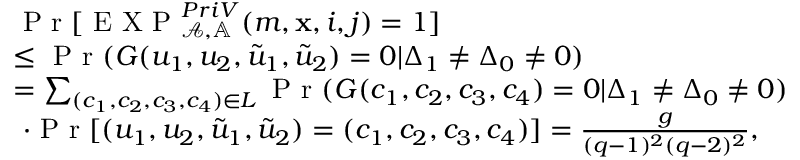
\begin{array} { r l } & { \textrm { P r } [ \textrm { E X P } _ { \mathcal { A } , \mathbb { A } } ^ { P r i V } ( m , \mathbf { x } , i , j ) = 1 ] } \\ & { \leq \textrm { P r } ( G ( u _ { 1 } , u _ { 2 } , \tilde { u } _ { 1 } , \tilde { u } _ { 2 } ) = 0 | \Delta _ { 1 } \ne \Delta _ { 0 } \ne 0 ) } \\ & { = \sum _ { ( c _ { 1 } , c _ { 2 } , c _ { 3 } , c _ { 4 } ) \in L } \textrm { P r } ( G ( c _ { 1 } , c _ { 2 } , c _ { 3 } , c _ { 4 } ) = 0 | \Delta _ { 1 } \ne \Delta _ { 0 } \ne 0 ) } \\ & { ~ \cdot \textrm { P r } [ ( u _ { 1 } , u _ { 2 } , \tilde { u } _ { 1 } , \tilde { u } _ { 2 } ) = ( c _ { 1 } , c _ { 2 } , c _ { 3 } , c _ { 4 } ) ] = \frac { g } { ( q - 1 ) ^ { 2 } ( q - 2 ) ^ { 2 } } , } \end{array}